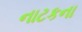
નાટકના